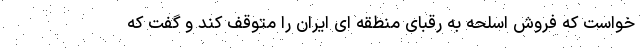
خواست كه فروش اسلحه به رقبای منطقه ای ایران را متوقف كند و گفت كه